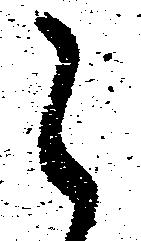
之